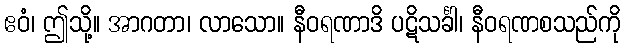
ဧဝံ၊ ဤသို့။ အာဂတာ၊ လာသော။ နီဝရဏာဒိ ပဋိသင်္ခါ၊ နီဝရဏစသည်ကို